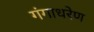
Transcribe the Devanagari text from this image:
गंगाधरेण